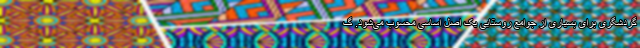
گردشگری برای بسیاری از جوامع روستایی یک اصل اساسی محسوب می‌شود. گ